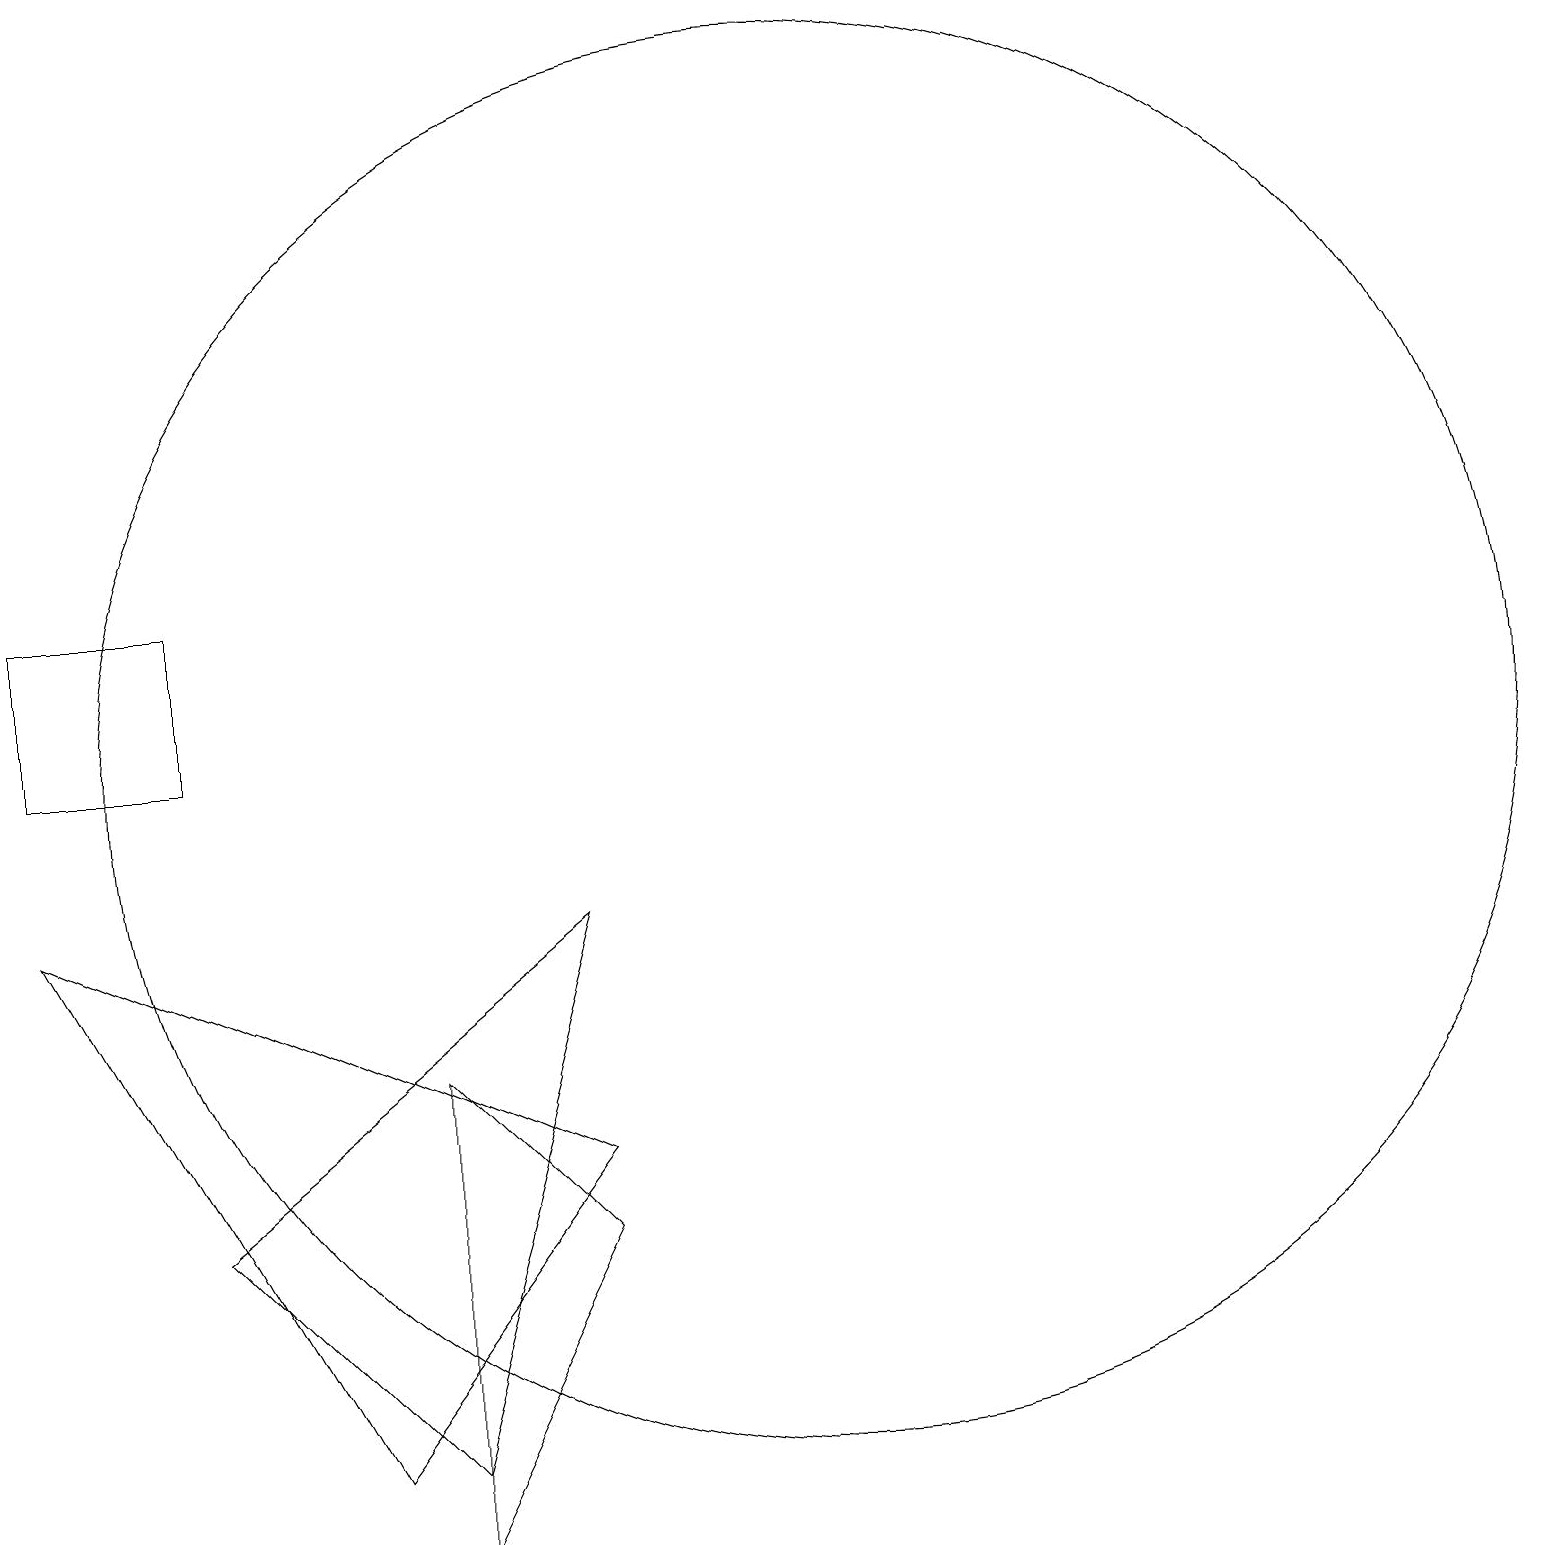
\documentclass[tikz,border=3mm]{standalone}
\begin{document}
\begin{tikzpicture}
\draw (11,10) circle (9);
\draw (1,10) rectangle (3,12);
\draw (6,1) -- (8,8) -- (3,4) -- cycle;
\draw (8,5) -- (1,8) -- (5,1) -- cycle;
\draw (6,0) -- (6,6) -- (8,4) -- cycle;
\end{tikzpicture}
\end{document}